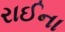
રાઈના